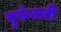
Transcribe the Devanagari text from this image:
वुरुंजरी